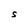
Character: S